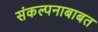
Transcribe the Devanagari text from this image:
संकल्पनाबाबत